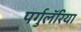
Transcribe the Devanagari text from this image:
पर्गुलॅरिया